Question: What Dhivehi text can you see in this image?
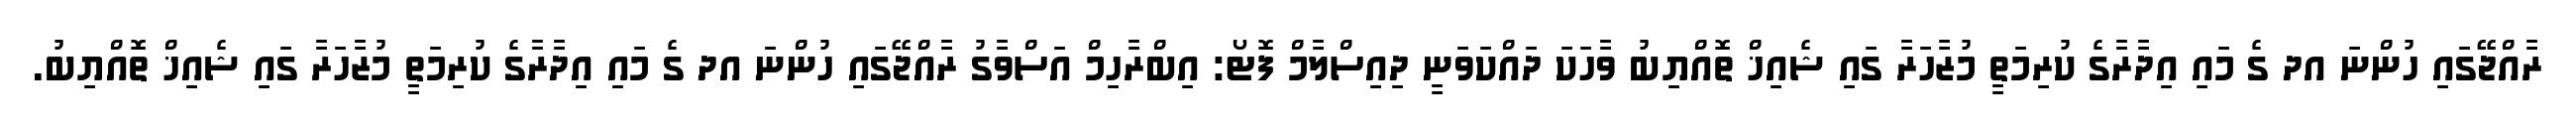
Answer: ރާއްޖޭގައި ހުންނަ އދ ގެ މައި އިދާރާގެ ކުރިމަތީ މުޒާހަރާ ގައި ޝެއިޚް ތޮއްޔިބު ވާހަކަ ދައްކަވަނީ ދިއިސްލާމް ފޮޓޯ: އިބްރާހިމް އަސްވާގު ރާއްޖޭގައި ހުންނަ އދ ގެ މައި އިދާރާގެ ކުރިމަތީ މުޒާހަރާ ގައި ޝެއިޚް ތޮއްޔިބު.